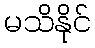
မသိနိုင်